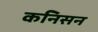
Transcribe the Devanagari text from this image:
कनिसन